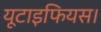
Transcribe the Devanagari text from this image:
यूटाइफियस।